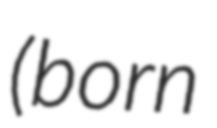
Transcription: (born